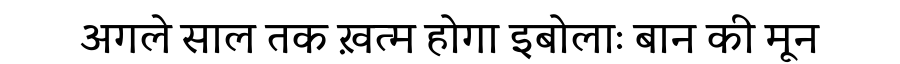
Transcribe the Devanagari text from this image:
अगले साल तक ख़त्म होगा इबोलाः बान की मून